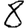
Digit: 8